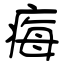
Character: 痗